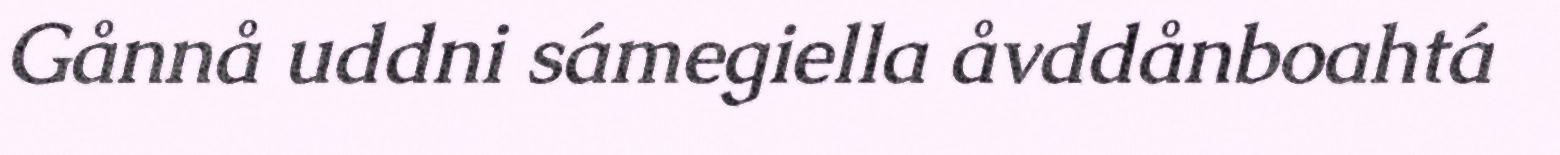
Gånnå uddni sámegiella åvddånboahtá